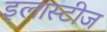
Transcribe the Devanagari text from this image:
इलास्टीज